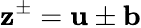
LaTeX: {\mathbf z}^{\pm}={\mathbf u}\pm{\mathbf b}